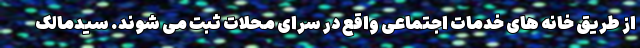
از طریق خانه های خدمات اجتماعی واقع در سرای محلات ثبت می شوند. سیدمالک